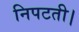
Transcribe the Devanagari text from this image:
निपटती।